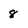
Character: 8